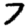
Digit: 7